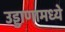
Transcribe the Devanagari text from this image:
उड्डाणामध्ये